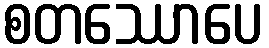
စတဿောပေ